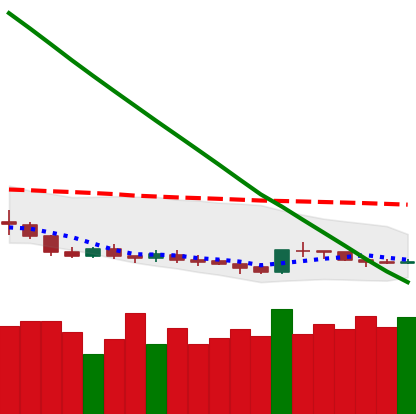
Ticker: DOGE-USD
Chart end date: 2019-02-14
Forward return: 8.962%
Label: up_7plus